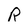
Character: R